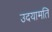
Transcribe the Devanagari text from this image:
उदयामति